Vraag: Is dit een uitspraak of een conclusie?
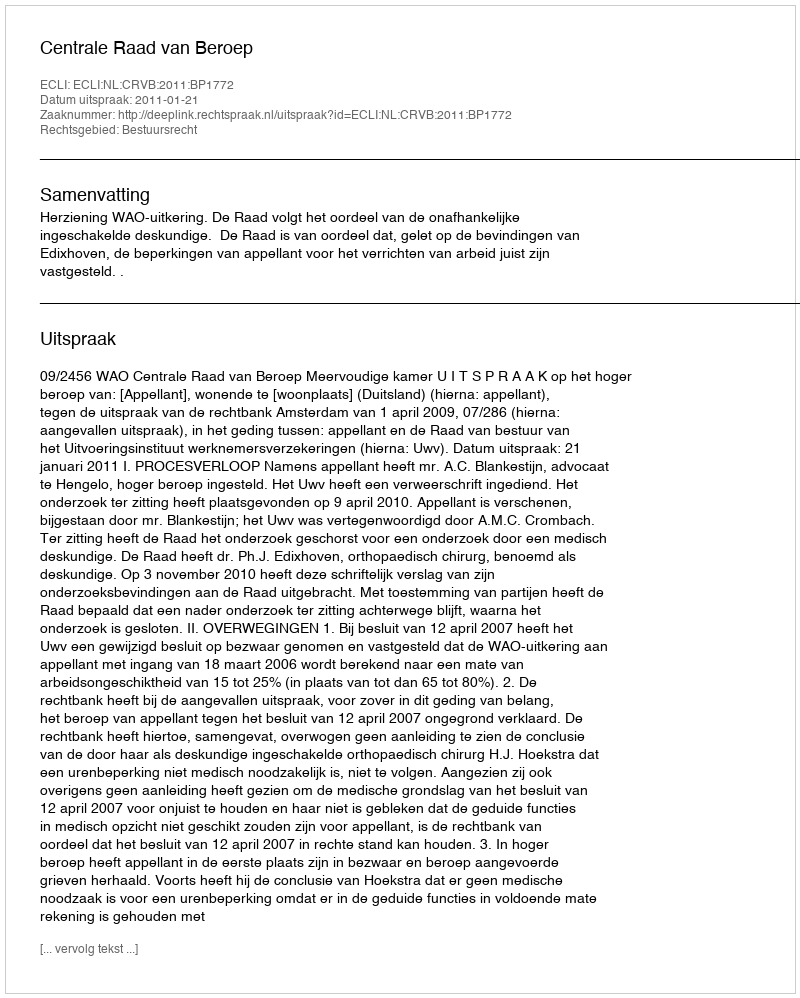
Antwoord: Uitspraak